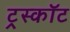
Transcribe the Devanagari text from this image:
ट्रस्कॉट